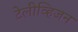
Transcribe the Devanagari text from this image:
टेलीव्हिजन